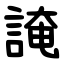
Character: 䛳